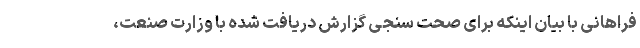
فراهانی با بیان اینکه برای صحت سنجی گزارش دریافت شده با وزارت صنعت،